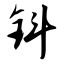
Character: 钭